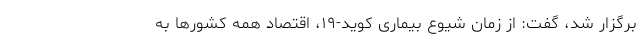
برگزار شد، گفت: از زمان شیوع بیماری کوید-۱۹، اقتصاد همه کشور‌ها به